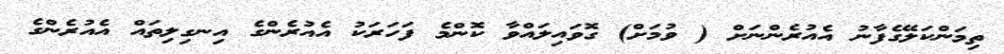
ތިމަންކަލޭގެފާނު އެއުރެންނަށް ( ވުމަށް) ގޮވައިލައްވާ ކޮންމެ ފަހަރަކު އެއުރެންގެ އިނގިލިތައް އެއުރެންގެ